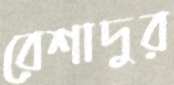
রেশাদুর